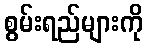
စွမ်းရည်များကို